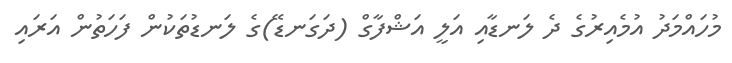
މުހައްމަދު އުމެއިރުގެ ދެ ލަނޑާއި އަލީ އަޝްފާގް (ދަގަނޑޭ)ގެ ލަނޑުތަކުން ފަހަތުން އަރައި